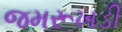
જમરૂખડી